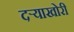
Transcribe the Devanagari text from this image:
दऱ्याखोरी